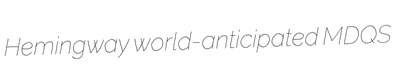
Hemingway world-anticipated MDQS